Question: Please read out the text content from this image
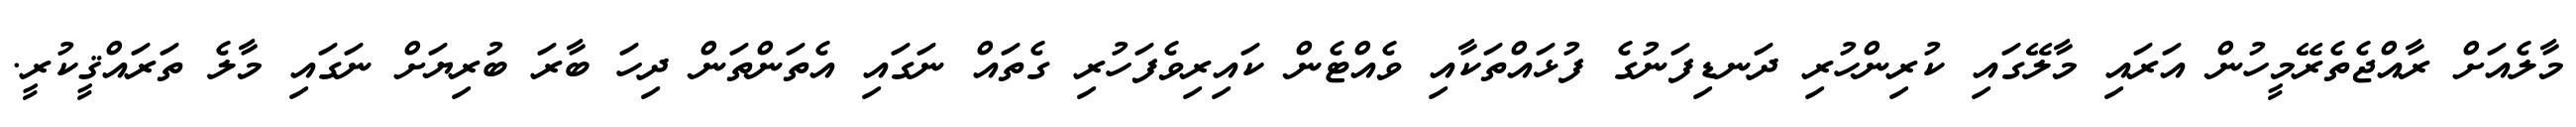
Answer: މާލެއަށް ރާއްޖެތެރޭމީހުން އަރައި މާލޭގައި ކުރިންހުރި ދަނޑިފަނުގެ ފުޅައްތަކާއި ވެއްޓެން ކައިރިވެފަހުރި ގެތައް ނަގައި އެތަންތަން ދިހަ ބާރަ ބުރިޔަށް ނަގައި މާލެ ތަރައްޤީކުރީ.